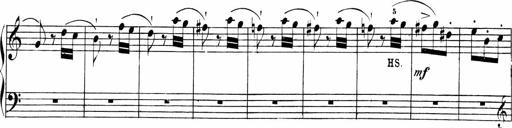
Title: Sonatinen Op.47, 98 und 136, nebst 6 Liedersonatinen
Composer: Carl Reinecke